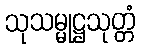
သုသမ္မုဋ္ဌသုတ္တံ